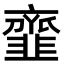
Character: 韲